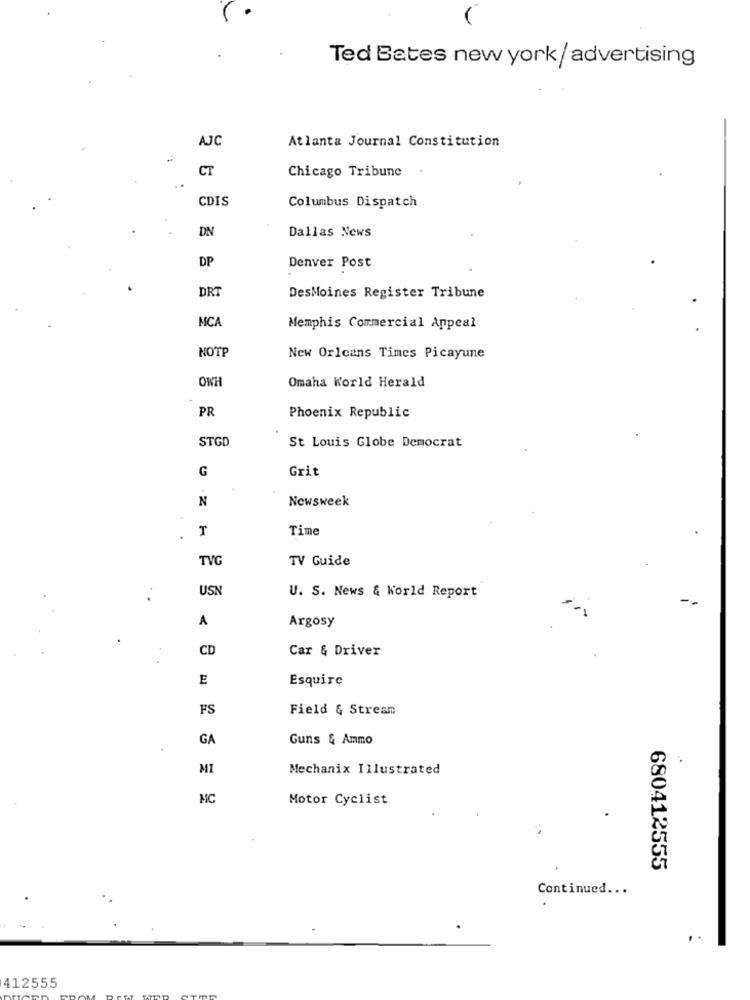
Ted Bates new york/ advertising
AJC
Atlanta Journal Constitution
CT
Chicago Tribune
CDIS
Columbus Dispatch
DN
Dallas News
DP
Denver Post
DR
DesMoines Register Tribune
MCA
Memphis Commercial Appeal
NOTP
New Orleans Times Picayune
OWH
Omaha World Herald
PR
Phoenix Republic
STGD
St Louis Globe Democrat
G
Grit
N
Newsweek
Time
TVG
TV Guide
USN
U. S. News & World Report
A
Argosy
CD
Car & Driver
E
Esquire
FS
Field & Stream
GA
Guns & Ammo
MI
Mechanix Illustrated
MC
Motor Cyclist
680412555
Continued .. .
. .
412555